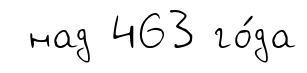
над 463 го́да